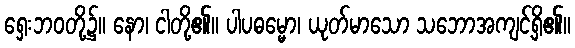
ရှေးဘဝတို့၌။ နော၊ ငါတို့၏။ ပါပဓမ္မော၊ ယုတ်မာသော သဘောအကျင့်ရှိ၏။